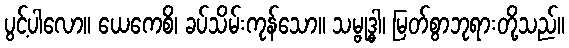
ပွင့်ပါလော။ ယေကေစိ၊ ခပ်သိမ်းကုန်သော။ သမ္ဗုဒ္ဓါ၊ မြတ်စွာဘုရားတို့သည်။